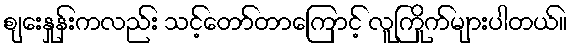
စျေးနှုန်းကလည်း သင့်တော်တာကြောင့် လူကြိုက်များပါတယ်။